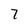
Character: 7